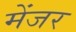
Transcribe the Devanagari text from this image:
मेंजर